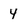
Character: 4